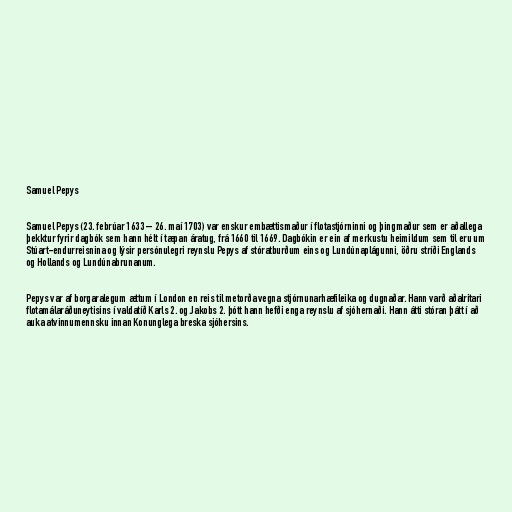
Samuel Pepys

Samuel Pepys (23. febrúar 1633 – 26. maí 1703) var enskur embættismaður í flotastjórninni og þingmaður sem er aðallega
þekktur fyrir dagbók sem hann hélt í tæpan áratug, frá 1660 til 1669. Dagbókin er ein af merkustu heimildum sem til eru um
Stúart-endurreisnina og lýsir persónulegri reynslu Pepys af stóratburðum eins og Lundúnaplágunni, öðru stríði Englands
og Hollands og Lundúnabrunanum.

Pepys var af borgaralegum ættum í London en reis til metorða vegna stjórnunarhæfileika og dugnaðar. Hann varð aðalritari
flotamálaráðuneytisins í valdatíð Karls 2. og Jakobs 2. þótt hann hefði enga reynslu af sjóhernaði. Hann átti stóran þátt í að
auka atvinnumennsku innan Konunglega breska sjóhersins.